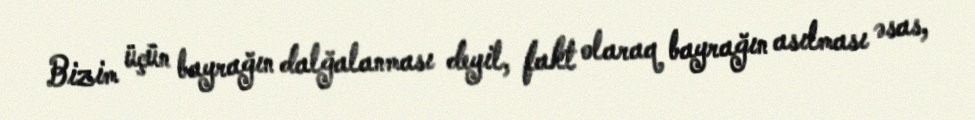
Bizim üçün bayrağın dalğalanması deyil, fakt olaraq bayrağın asılması əsas,